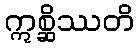
ဣစ္ဆိဿတိ